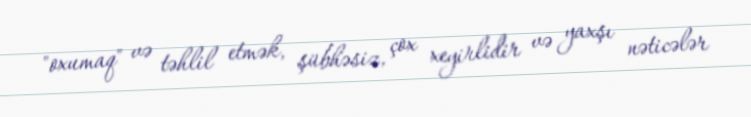
"oxumaq" və təhlil etmək, şübhəsiz, çox xeyirlidir və yaxşı nəticələr